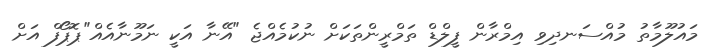
މައުލޫމާތު މުއްސަނދިވި އިމްރާން ފީލްޑް ތަމްރީންތަކަށް ނުކުމެއްޖެ "އޭނާ އަކީ ނަމޫނާއެއް"ޕޮޕޯފް އަށް